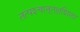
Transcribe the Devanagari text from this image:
तत्पश्‍चात्‌तक्षशिला